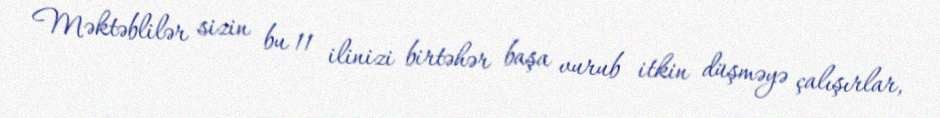
Məktəblilər sizin bu 11 ilinizi birtəhər başa vurub itkin düşməyə çalışırlar,